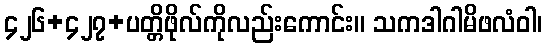
၄၂၆+၄၂၇+ပတ္တိဖိုလ်ကိုလည်းကောင်း။ သကဒါဂါမိဖလံဝါ၊